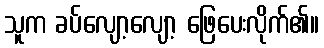
သူက ခပ်လျော့လျော့ ဖြေပေးလိုက်၏။